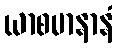
ယာစမာနာနံ